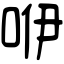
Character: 咿